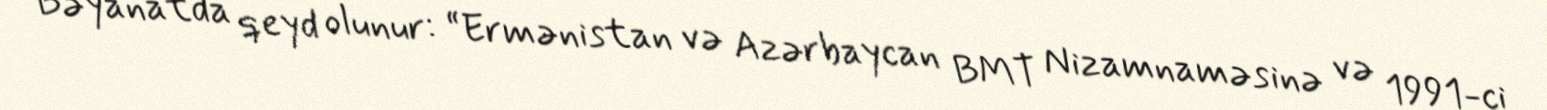
Bəyanatda qeyd olunur: “Ermənistan və Azərbaycan BMT Nizamnaməsinə və 1991-ci